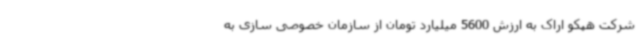
شرکت هپکو اراک به ارزش 5600 میلیارد تومان از سازمان خصوصی سازی به